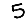
Digit: 5